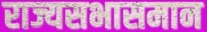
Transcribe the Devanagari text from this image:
राज्यसभासमान